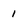
Character: 1